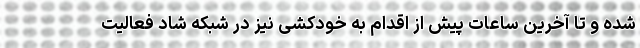
شده و تا آخرین ساعات پیش از اقدام به خودکشی نیز در شبکه شاد فعالیت